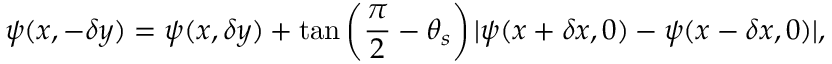
\psi ( x , - \delta y ) = \psi ( x , \delta y ) + \tan \left( \frac { \pi } { 2 } - \theta _ { s } \right) \lvert \psi ( x + \delta x , 0 ) - \psi ( x - \delta x , 0 ) \lvert ,